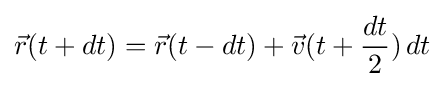
{\vec {r}}(t+dt)={\vec {r}}(t-dt)+{\vec {v}}(t+{\frac {dt}{2}})\,dt